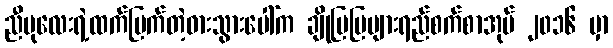
ညီပုလေးရဲ့ထက်မြက်တဲ့ဓားသွားပေါ်က ချိုမြမြပျားရည်စက်စာအုပ် ၂၀၁၆ မှာ